French and German assistants in Scottish schools and training centres, 1935
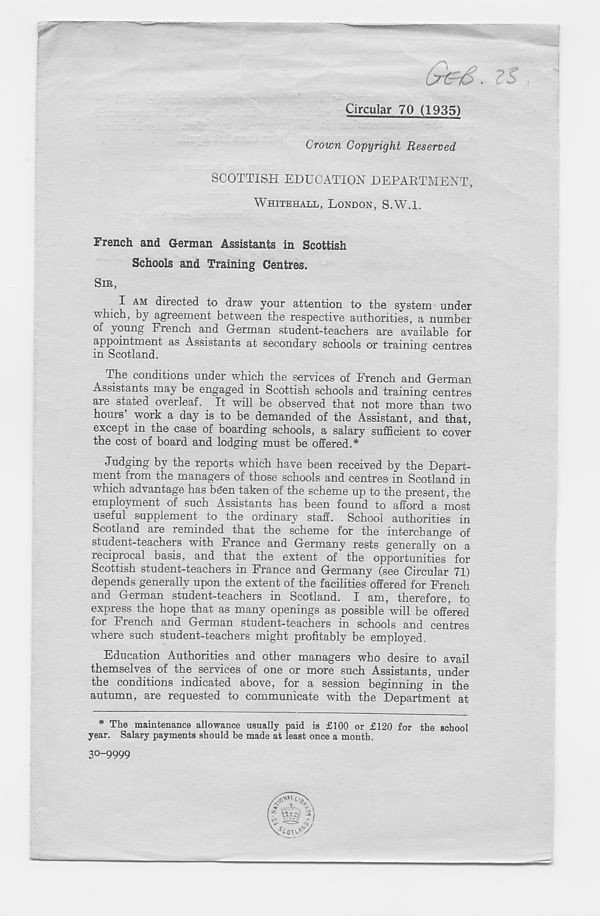
Circular 70 (1935)
Crown Copyright Reserved
SCOTTISH EDUCATION DEPARTMENT,
WHITEHALL, LONDON, S.WM.
French and German Assistants in Scottish
Schools and Training Centres.
SIR,
I AM directed to draw your attention to the system under
which, by agreement between the respective authorities, a number
of young French and German student-teachers are available for
appointment as Assistants at secondary schools or training centres
in Scotland.
The conditions under which the services of French and German
Assistants may be engaged in Scottish schools and training centres
are stated overleaf. It will be observed that not more than twn
hours work a day is to be demanded of the Assistant, and that,
except in the case of boarding schools, a salary sufficient to cover
the cost of board and lodging must be offered.*
Judging by the reports which have been received by the Depart-
ment from the managers of those schools and centres in Scotland in
which advantage has be'en taken of the scheme up to the present, the
employment of such Assistants has been found to afford a most
useful supplement to the ordinary staff. School authorities in
Scotland are reminded that the scheme for the interchange of
student-teachers with France and Germany rests generally on a
reciprocal basis, and that the extent of the opportunities for
Scottish student-teachers in France and Germany (see Circular 71)
depends generally upon the extent of the facilities offered for French
and German student-teachers in Scotland. I am, therefore, to
express the hope that as many openings as possible will be offered
for French and German student-teachers in schools and centres
where such student-teachers might profitably be employed.
Education Authorities and other managers who desire to avail
themselves of the services of one or more such Assistants, under
the conditions indicated above, for a session beginning in the
autumn, are requested to communicate with the Department at
* The maintenance allowance usually paid is £100 or £120 for the school
year. Salary payments should be made at least once a month.
30-9999